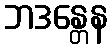
ဘဒန္တေန